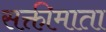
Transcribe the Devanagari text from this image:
सक्तीमाता